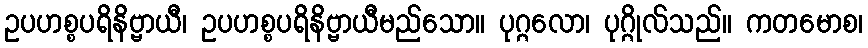
ဥပဟစ္စပရိနိဗ္ဗာယီ၊ ဥပဟစ္စပရိနိဗ္ဗာယီမည်သော။ ပုဂ္ဂလော၊ ပုဂ္ဂိုလ်သည်။ ကတမောစ၊